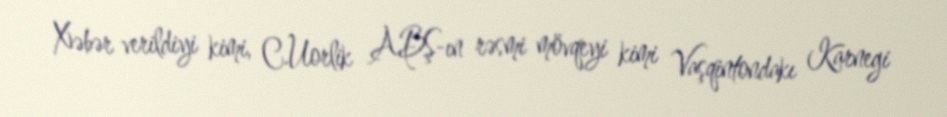
Xəbər verildiyi kimi, C.Uorlik ABŞ-ın rəsmi mövqeyi kimi Vaşqintondakı Karnegi